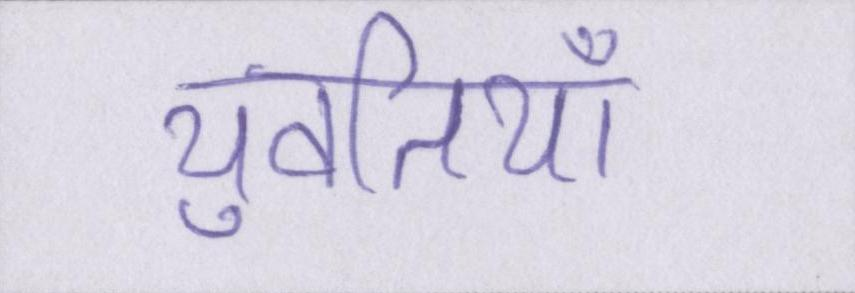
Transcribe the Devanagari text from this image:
युवतियाँ